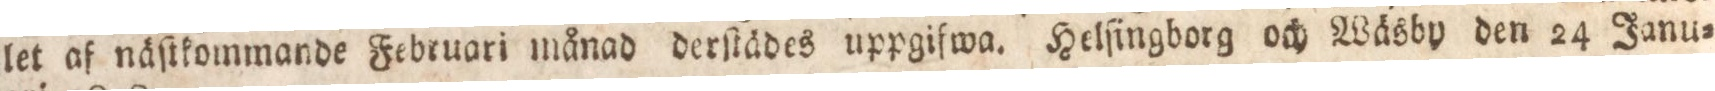
let af näſtkommande Februari månad derſtädes uppgifwa. Helſingborg och Wäsby den 24 Janu=